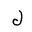
Letter: _lam